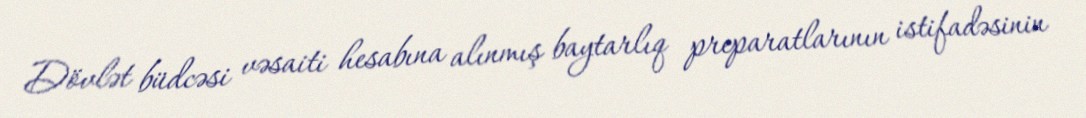
Dövlət büdcəsi vəsaiti hesabına alınmış baytarlıq preparatlarının istifadəsinin